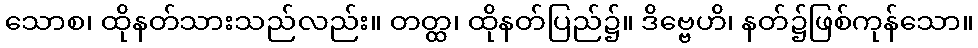
သောစ၊ ထိုနတ်သားသည်လည်း။ တတ္ထ၊ ထိုနတ်ပြည်၌။ ဒိဗ္ဗေဟိ၊ နတ်၌ဖြစ်ကုန်သော။